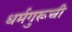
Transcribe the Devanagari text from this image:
धर्मगुरूची